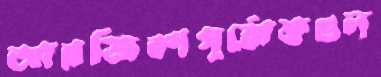
আরজিকাপূর্বোক্তগুল